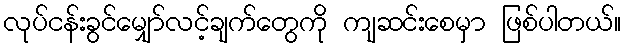
လုပ်ငန်းခွင်မျှော်လင့်ချက်တွေကို ကျဆင်းစေမှာ ဖြစ်ပါတယ်။